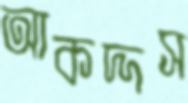
আকদ্দস